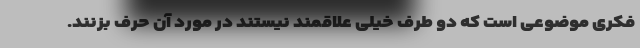
فکری موضوعی است که دو طرف خیلی علاقمند نیستند در مورد آن حرف بزنند.